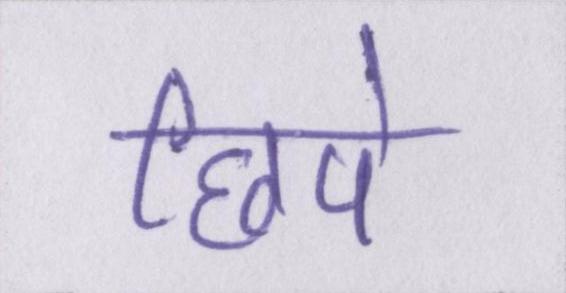
छिपे